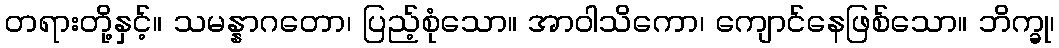
တရားတို့နှင့်။ သမန္နာဂတော၊ ပြည့်စုံသော။ အာဝါသိကော၊ ကျောင်နေဖြစ်သော။ ဘိက္ခု၊